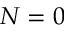
N = 0